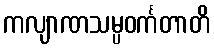
ကလျာဏသမ္ပဝင်္ကတာတိ